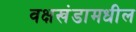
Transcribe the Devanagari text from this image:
वक्षखंडामधील